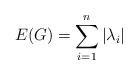
LaTeX: \begin{align*} E(G)= \sum_{i=1}^n | \lambda_i| \end{align*}